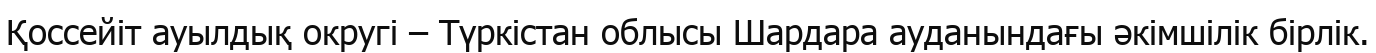
Қоссейіт ауылдық округі – Түркістан облысы Шардара ауданындағы әкімшілік бірлік.